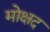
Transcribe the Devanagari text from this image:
मोक्षद